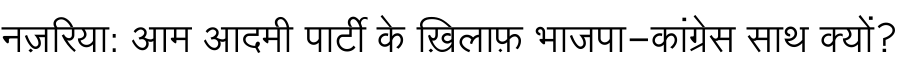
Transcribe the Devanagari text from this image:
नज़रिया: आम आदमी पार्टी के ख़िलाफ़ भाजपा-कांग्रेस साथ क्यों?